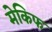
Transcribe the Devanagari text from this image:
मेकिफ